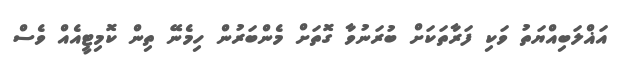
އަޣްލަބިއްޔަތު ވަކި ފަރާތަކަށް ބުރަނުވާ ގޮތަށް މެންބަރުން ހިމެނޭ ތިން ކޮމިޓީއެއް ވެސް